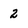
Character: 2